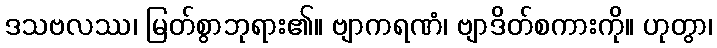
ဒသဗလဿ၊ မြတ်စွာဘုရား၏။ ဗျာကရဏံ၊ ဗျာဒိတ်စကားကို။ ဟုတွာ၊